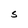
Character: w